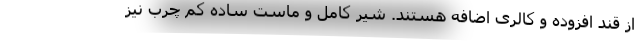
از قند افزوده و کالری اضافه هستند. شیر کامل و ماست ساده کم چرب نیز